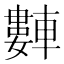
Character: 𬧻